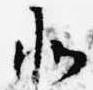
北